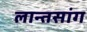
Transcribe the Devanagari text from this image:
लान्तसांग